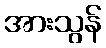
အားသွန်